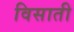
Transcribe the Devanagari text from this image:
विसाती